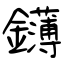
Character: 鑮